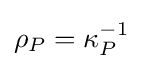
\rho _{P}=\kappa _{P}^{-1}